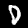
Digit: 0